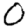
Digit: 0